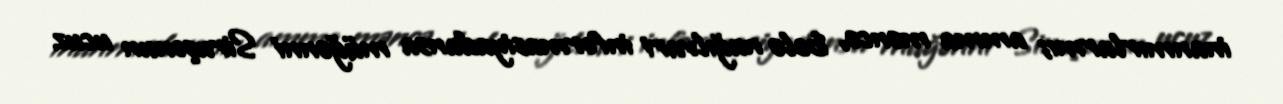
inanmırlarmı; amma məncə, belə nağılvari informasiyadansa müğənni Siruşonun ucuz